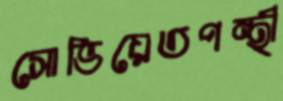
সোভিয়েতপন্থী